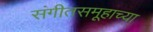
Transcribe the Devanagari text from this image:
संगीतसमूहाच्या